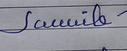
Signature authenticity: forged